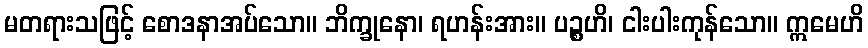
မတရားသဖြင့် စောဒနာအပ်သော။ ဘိက္ခုနော၊ ရဟန်းအား။ ပဉ္စဟိ၊ ငါးပါးကုန်သော။ ဣမေဟိ